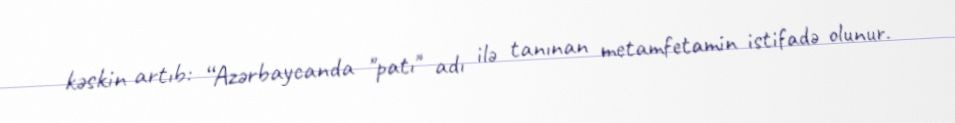
kəskin artıb: “Azərbaycanda "patı" adı ilə tanınan metamfetamin istifadə olunur.